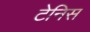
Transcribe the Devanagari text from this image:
टेनिस